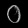
Digit: ၀